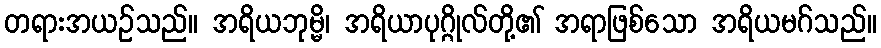
တရားအယဉ်သည်။ အရိယဘုမ္မိ၊ အရိယာပုဂ္ဂိုလ်တို့၏ အရာဖြစ်သော အရိယမဂ်သည်။